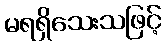
မရရှိသေးသဖြင့်